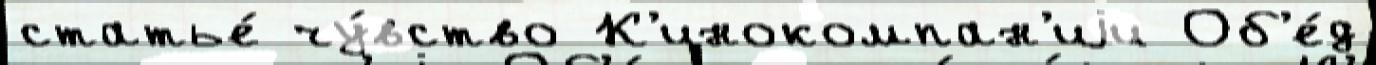
статье́ чу́вство К'инокомпан'иjи Об'е́д